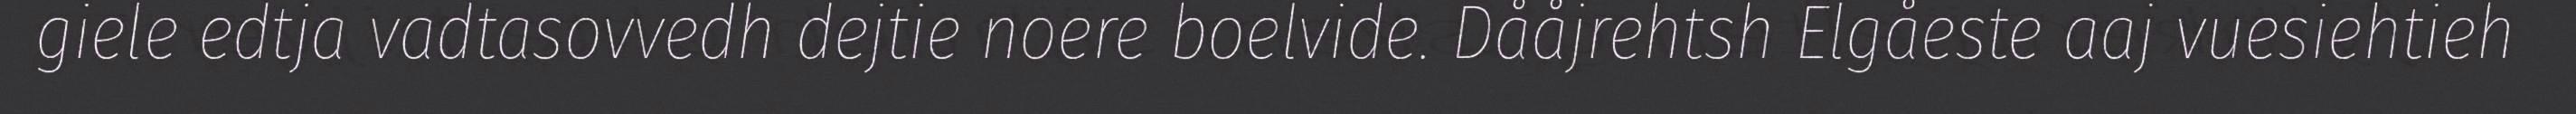
giele edtja vadtasovvedh dejtie noere boelvide. Dååjrehtsh Elgåeste aaj vuesiehtieh